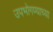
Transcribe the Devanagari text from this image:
उपभोगण्याच्या